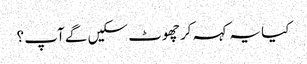
کیا یہ کہہ کر چھوٹ سکیں گے آپ ؟